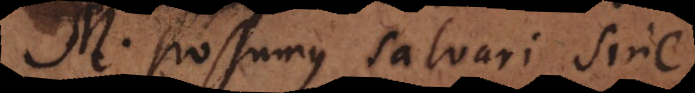
M. Possumus salvari sine